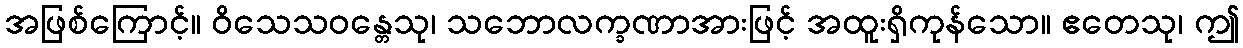
အဖြစ်ကြောင့်။ ဝိသေသဝန္တေသု၊ သဘောလက္ခဏာအားဖြင့် အထူးရှိကုန်သော။ ဧတေသု၊ ဤ